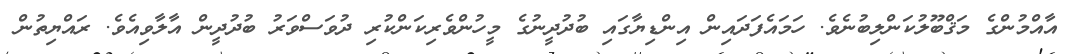
އާއްމުންގެ މަޤްބޫލުކަންލިބުނެވެ. ހަމައެފަދައިން އިންޑިޔާގައި ބުދުދީނުގެ މީހުންވެރިކަންކުރި ދުވަސްވަރު ބުދުދީން އާލާވިއެވެ. ރައްޔިތުން